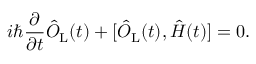
i \hbar \frac { \partial } { \partial t } \hat { O } _ { \mathrm { L } } ( t ) + [ \hat { O } _ { \mathrm { L } } ( t ) , \hat { H } ( t ) ] = 0 .